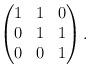
LaTeX: \begin{align*}\begin{pmatrix}1 & 1 & 0 \\0 & 1 & 1 \\0 & 0 & 1\end{pmatrix}.\end{align*}